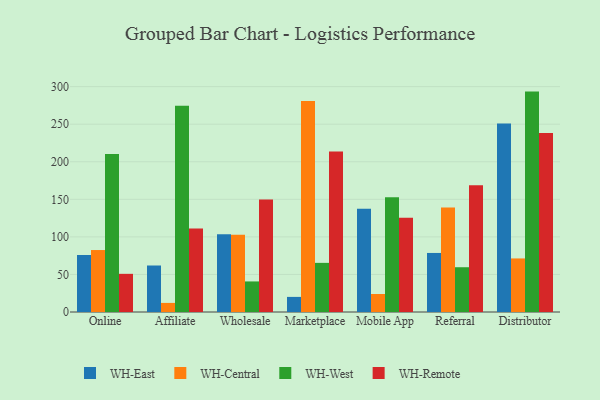
{"axis": {"x": "Channel", "y": "Website Visitors"}, "legend": ["WH-Central", "WH-East", "WH-Remote", "WH-West"], "data": [{"x": "Online", "y": 75.9, "type": "WH-East"}, {"x": "Online", "y": 82.5, "type": "WH-Central"}, {"x": "Online", "y": 210.2, "type": "WH-West"}, {"x": "Online", "y": 50.8, "type": "WH-Remote"}, {"x": "Affiliate", "y": 61.9, "type": "WH-East"}, {"x": "Affiliate", "y": 12.1, "type": "WH-Central"}, {"x": "Affiliate", "y": 274.6, "type": "WH-West"}, {"x": "Affiliate", "y": 111.2, "type": "WH-Remote"}, {"x": "Wholesale", "y": 103.6, "type": "WH-East"}, {"x": "Wholesale", "y": 102.8, "type": "WH-Central"}, {"x": "Wholesale", "y": 40.7, "type": "WH-West"}, {"x": "Wholesale", "y": 149.6, "type": "WH-Remote"}, {"x": "Marketplace", "y": 20.1, "type": "WH-East"}, {"x": "Marketplace", "y": 280.9, "type": "WH-Central"}, {"x": "Marketplace", "y": 65.4, "type": "WH-West"}, {"x": "Marketplace", "y": 213.8, "type": "WH-Remote"}, {"x": "Mobile App", "y": 137.5, "type": "WH-East"}, {"x": "Mobile App", "y": 24.0, "type": "WH-Central"}, {"x": "Mobile App", "y": 152.6, "type": "WH-West"}, {"x": "Mobile App", "y": 125.5, "type": "WH-Remote"}, {"x": "Referral", "y": 78.6, "type": "WH-East"}, {"x": "Referral", "y": 139.0, "type": "WH-Central"}, {"x": "Referral", "y": 59.6, "type": "WH-West"}, {"x": "Referral", "y": 168.8, "type": "WH-Remote"}, {"x": "Distributor", "y": 250.8, "type": "WH-East"}, {"x": "Distributor", "y": 71.3, "type": "WH-Central"}, {"x": "Distributor", "y": 293.4, "type": "WH-West"}, {"x": "Distributor", "y": 238.2, "type": "WH-Remote"}]}